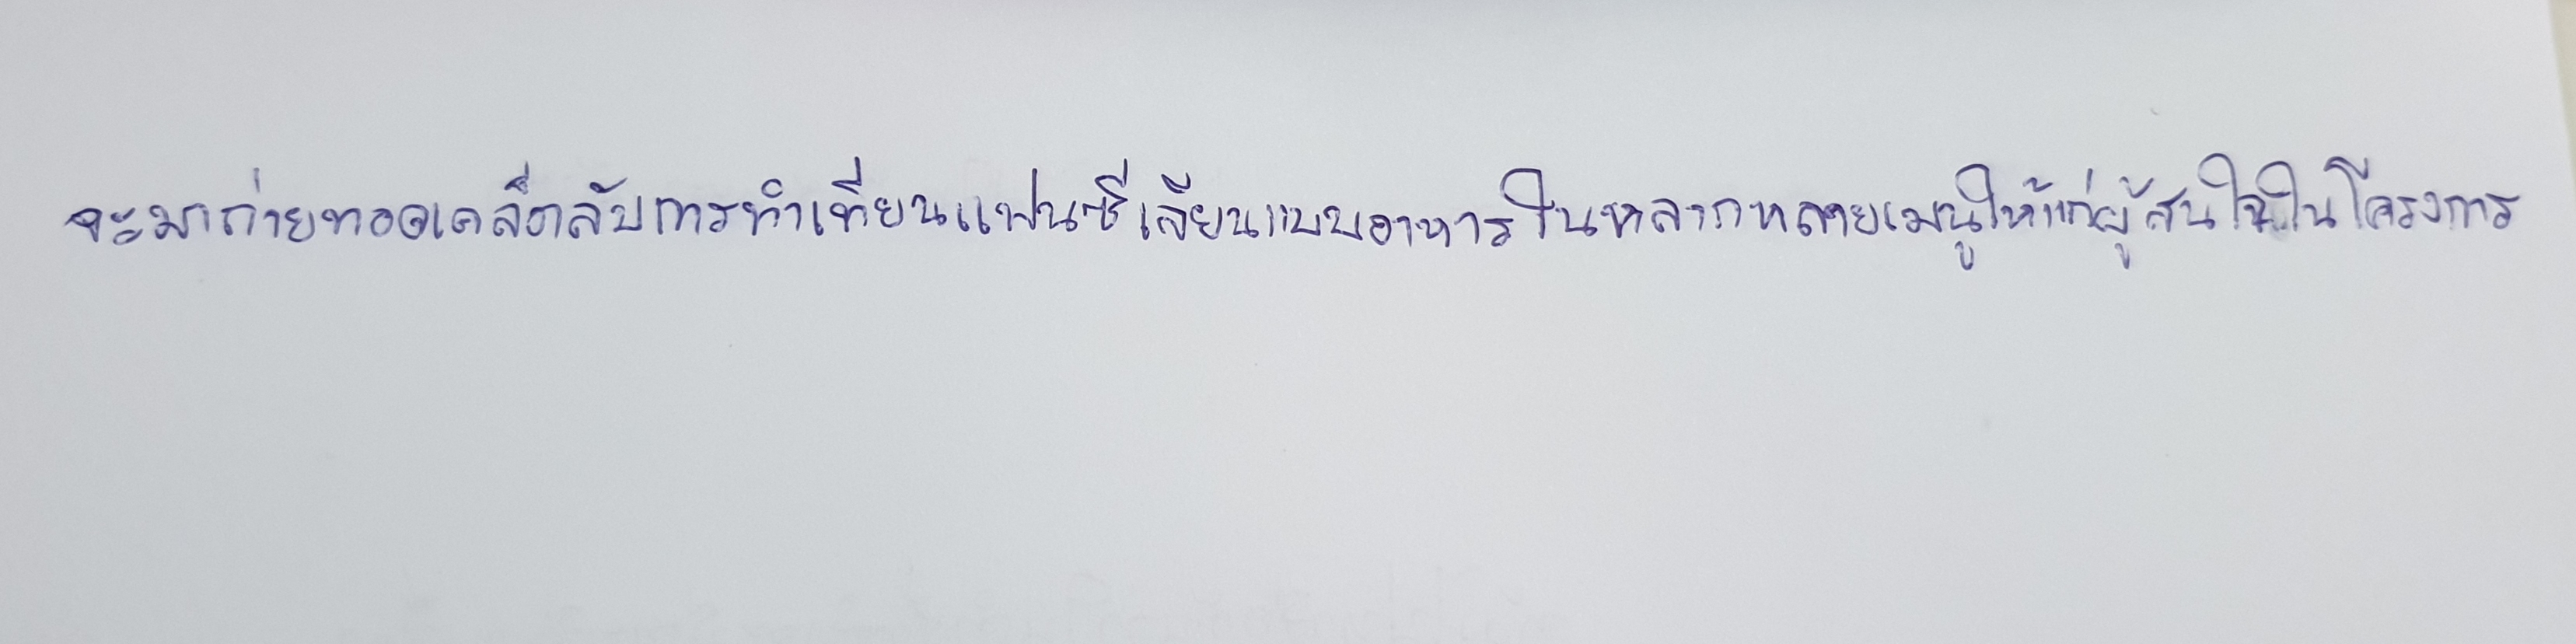
จะมาถ่ายทอดเคล็ดลับการทำเทียนแฟนซีเลียนแบบอาหารในหลากหลายเมนูให้แก่ผู้สนใจในโครงการ